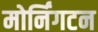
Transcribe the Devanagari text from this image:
मोर्निंगटन